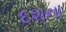
દશના